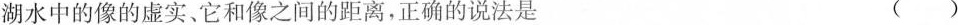
湖水中的像的虚实、它和像之间的距离，正确的说法是 ( )